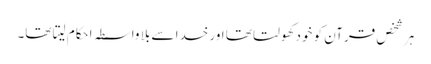
ہر شخص قرآن کو خود کھولتا تھا اور خدا سے بلا واسطہ احکام لیتا تھا۔